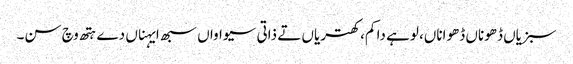
سبزیاں ڈھوناں ڈھواناں، لوہے دا کم، کھتریاں تے ذاتی سیواواں سبھ ایہناں دے ہتھ وچ سن۔